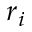
r _ { i }